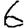
Digit: 6